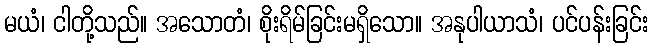
မယံ၊ ငါတို့သည်။ အသောတံ၊ စိုးရိမ်ခြင်းမရှိသော။ အနုပါယာသံ၊ ပင်ပန်းခြင်း